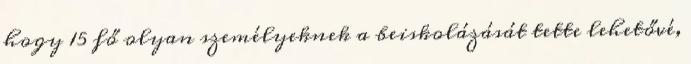
hogy 15 fő olyan személyeknek a beiskolázását tette lehetővé,